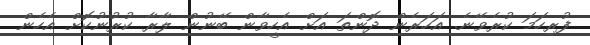
ފުރިހަމަ ކުރެވޭނެ. އަހަރެން ދޮންތަ އަށް އެހީވާން ބޭނުން ލާރާ ކުރުނުކޮށް އެހެން